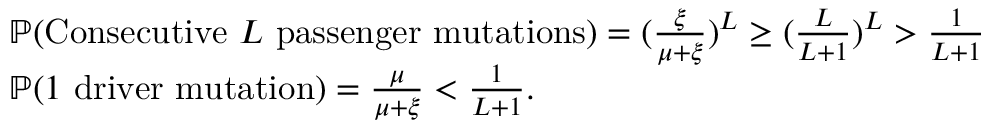
\begin{array} { r l } & { \mathbb { P } ( \mathrm { C o n s e c u t i v e ~ } L \mathrm { ~ p a s s e n g e r ~ m u t a t i o n s } ) = ( \frac { \xi } { \mu + \xi } ) ^ { L } \geq ( \frac { L } { L + 1 } ) ^ { L } > \frac { 1 } { L + 1 } } \\ & { \mathbb { P } ( 1 \mathrm { ~ d r i v e r ~ m u t a t i o n } ) = \frac { \mu } { \mu + \xi } < \frac { 1 } { L + 1 } . } \end{array}